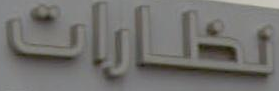
نظارات